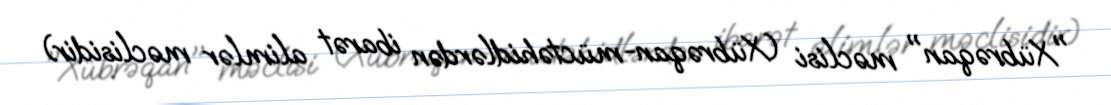
"Xübrəqan" məclisi (Xübrəqan-müctəhidlərdən ibarət alimlər məclisidir)